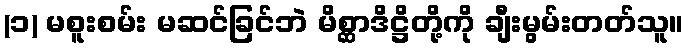
(၁) မစူးစမ်း မဆင်ခြင်ဘဲ မိစ္ဆာဒိဋ္ဌိတို့ကို ချီးမွမ်းတတ်သူ။